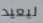
ليعيد